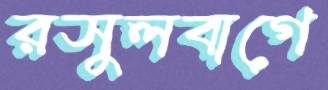
রসুলবাগে